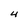
Character: 4